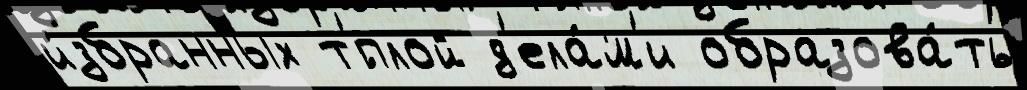
и́збранных т'́плой д'ела́м'и образова́ть